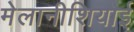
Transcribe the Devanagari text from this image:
मेलानीशियाई